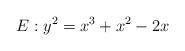
LaTeX: \begin{align*} E : y^2 = x^3 + x^2 - 2x\end{align*}